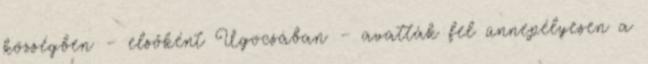
községben – elsőként Ugocsában – avatták fel ünnepélyesen a